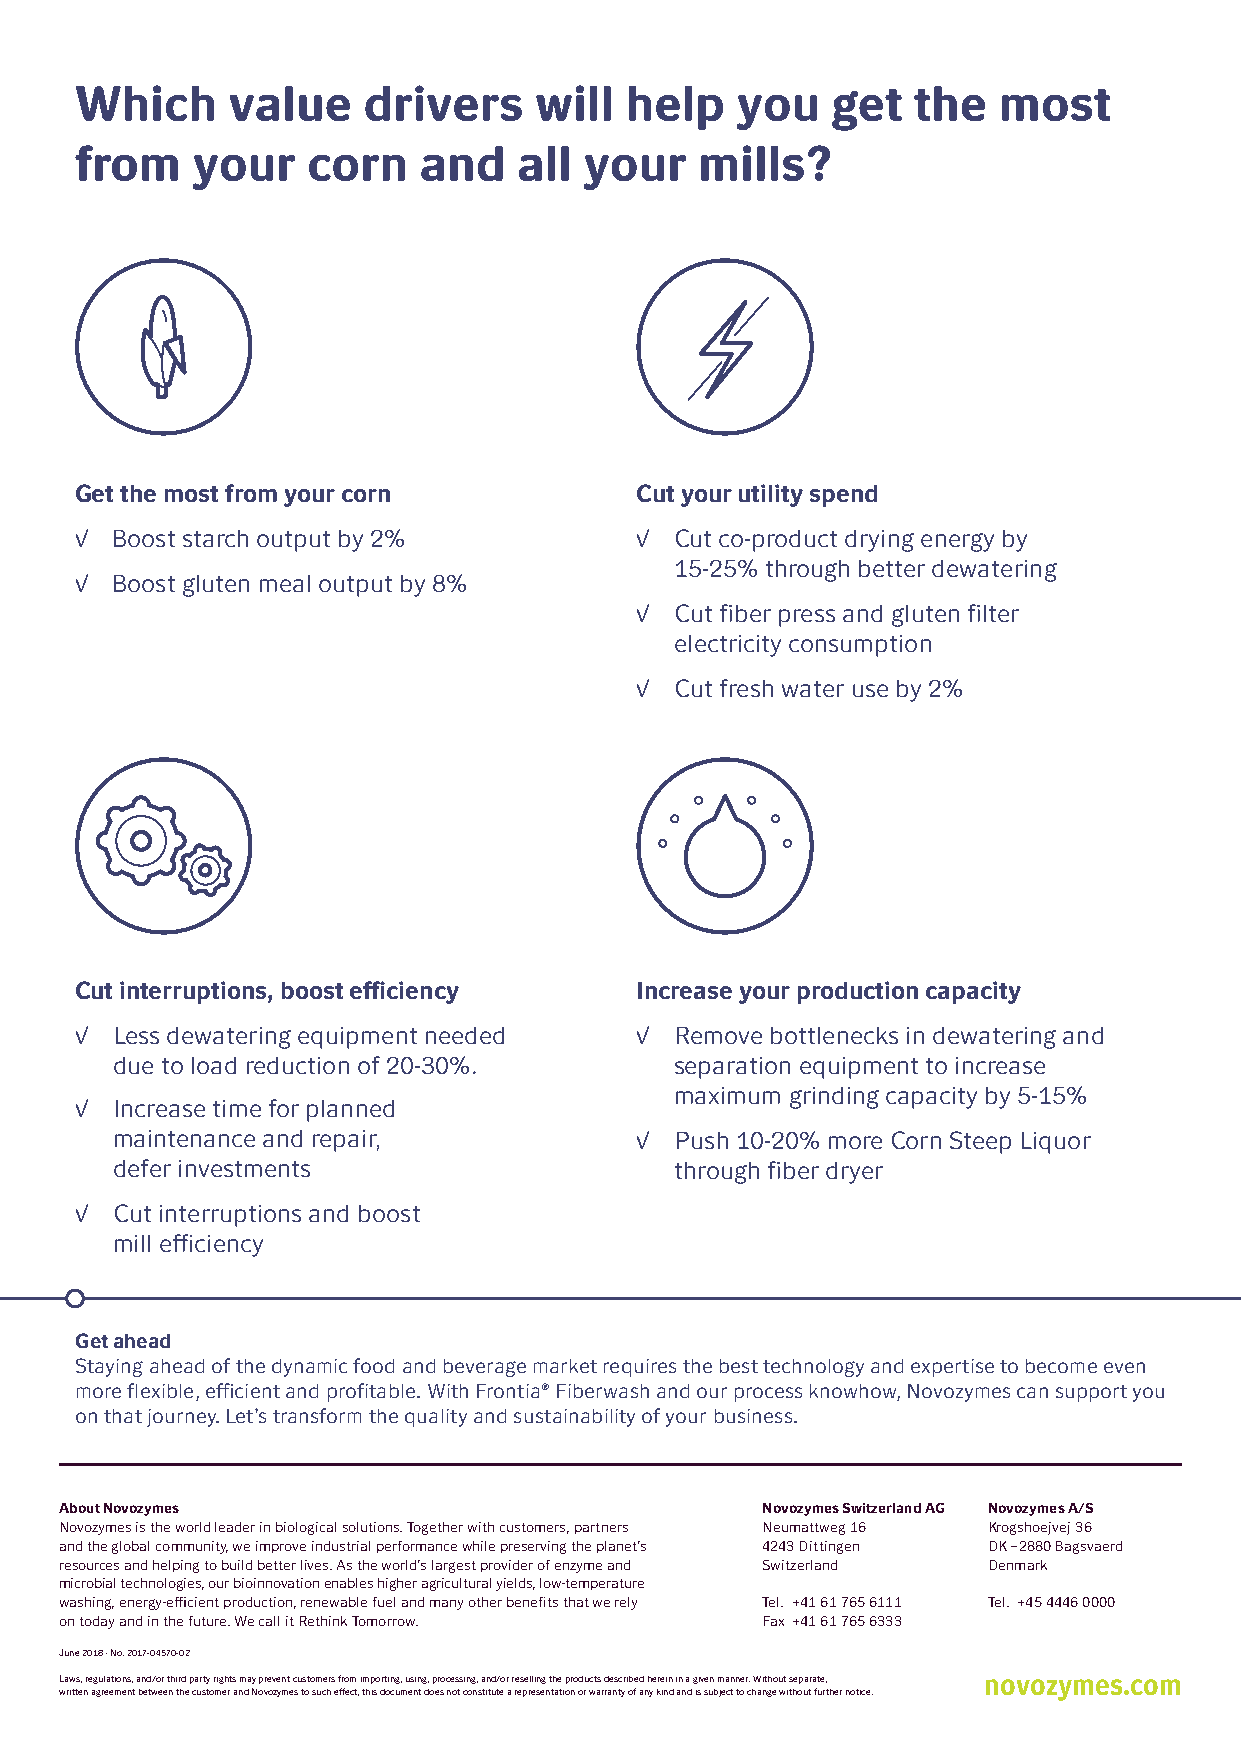
Which     value    drivers    will  help    you   get  the   most
 from    your   corn    and   all  your   mills?
 Get the most from your corn          Cut your utility spend
 √ Boost starch output by 2%          √  Cut co-product drying energy by
 15-25% through better dewatering
 √ Boost gluten meal output by 8%
 √  Cut fiber press and gluten filter
 electricity consumption
 √  Cut fresh water use by 2%
 Cut interruptions, boost efficiency  Increase your production capacity
 √ Less dewatering equipment needed   √  Remove bottlenecks in dewatering and
 due to load reduction of 20-30%.      separation equipment to increase
 maximum grinding capacity by 5-15%
 √ Increase time for planned
 maintenance and repair,            √  Push 10-20% more Corn Steep Liquor
 defer investments                     through fiber dryer
 √ Cut interruptions and boost
 mill efficiency
 Get ahead
 Staying ahead of the dynamic food and beverage market requires the best technology and expertise to become even
 more flexible, efficient and profitable. With Frontia® Fiberwash and our process knowhow, Novozymes can support you
 on that journey. Let’s transform the quality and sustainability of your business.
 About Novozymes                               Novozymes Switzerland AG Novozymes A/S
 Novozymes is the world leader in biological solutions. Together with customers, partners Neumattweg 16 Krogshoejvej 36
 and the global community, we improve industrial performance while preserving the planet’s 4243 Dittingen DK – 2880 Bagsvaerd
 resources and helping to build better lives. As the world’s largest provider of enzyme and Switzerland Denmark
 microbial technologies, our bioinnovation enables higher agricultural yields, low-temperature
 washing, energy-efficient production, renewable fuel and many other benefits that we rely Tel. +41 61 765 6111 Tel. +45 4446 0000
 on today and in the future. We call it Rethink Tomorrow. Fax +41 61 765 6333
 June 2018 · No. 2017-04570-02
 Laws, regulations, and/or third party rights may prevent customers from importing, using, processing, and/or reselling the products described herein in a given manner. Without separate, novozymes.com
 written agreement between the customer and Novozymes to such effect, this document does not constitute a representation or warranty of any kind and is subject to change without further notice.